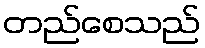
တည်စေသည်